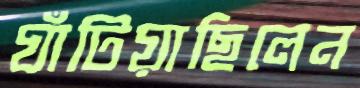
ঘাঁটিয়াছিলেন